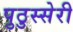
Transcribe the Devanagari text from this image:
पुठुस्सेरी